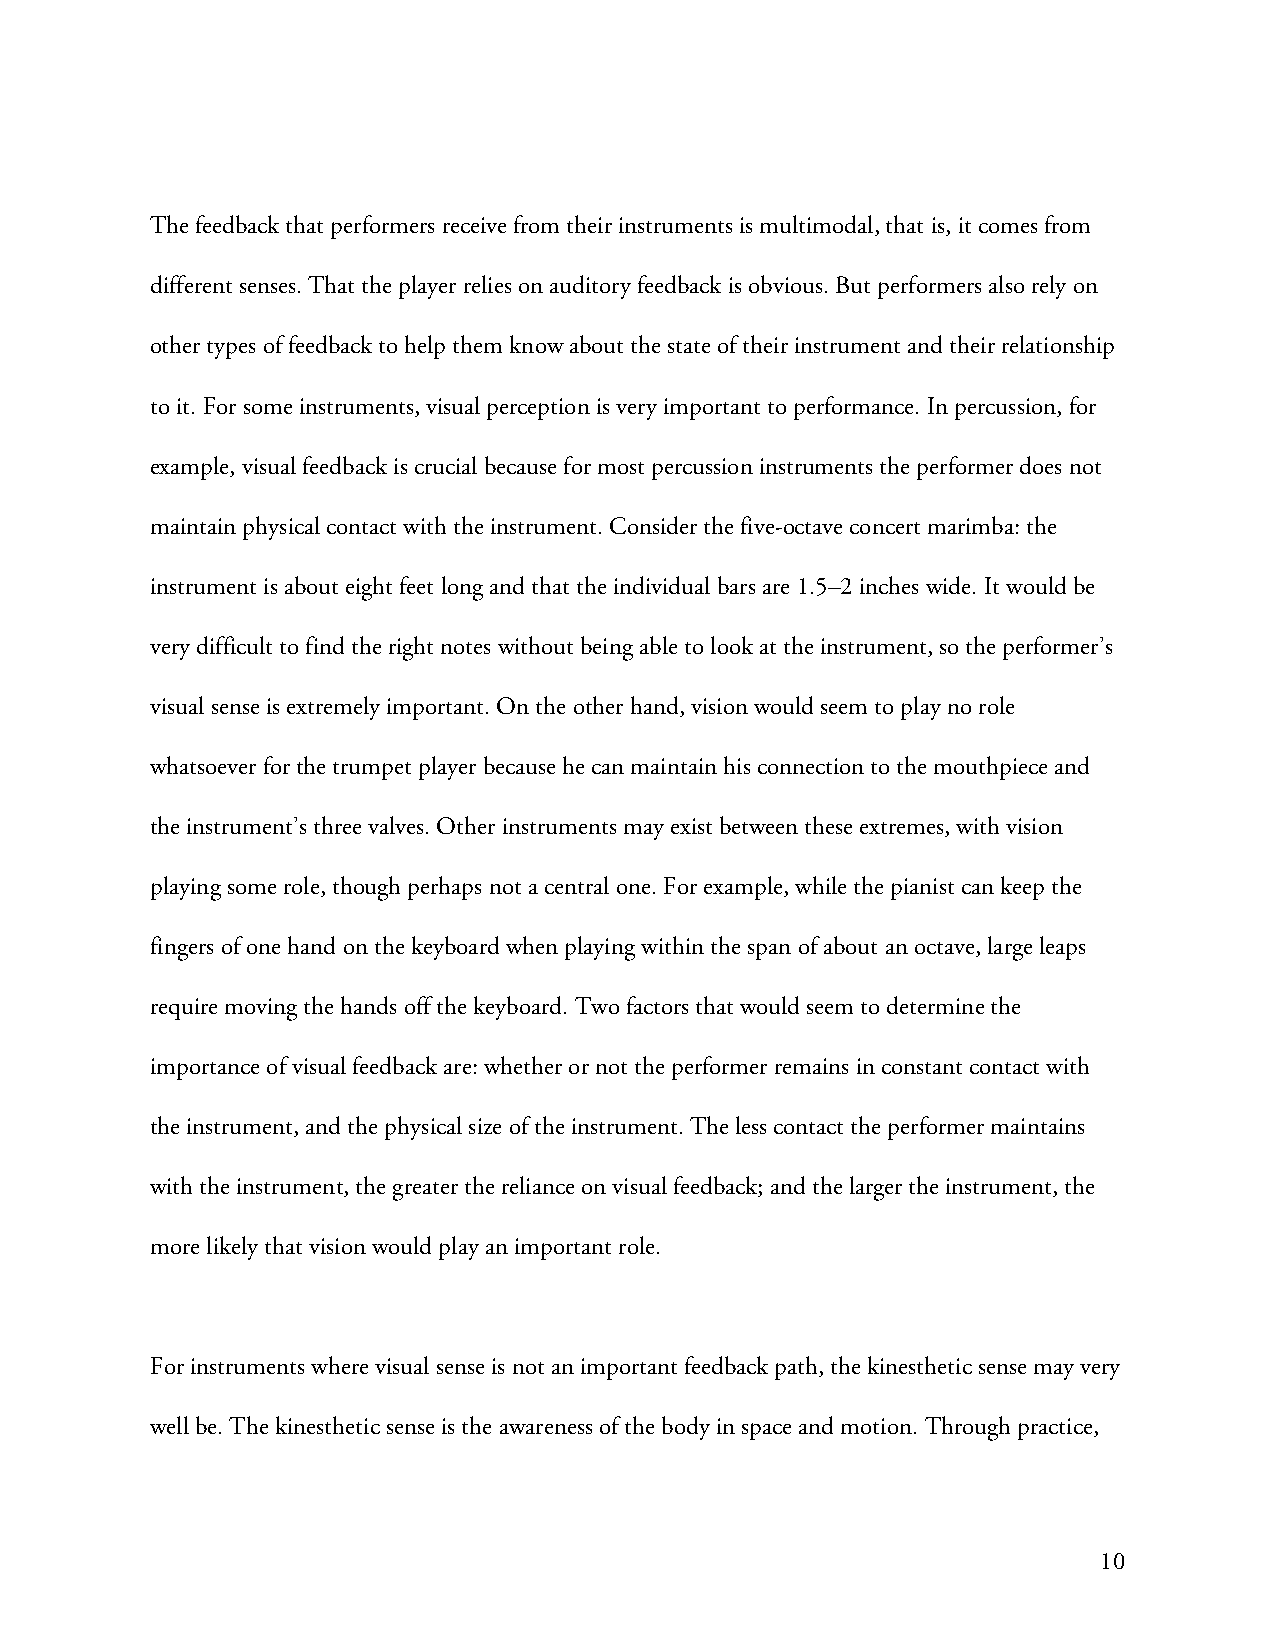
The feedback that performers receive from their instruments is multimodal, that is, it comes from
 different senses. That the player relies on auditory feedback is obvious. But performers also rely on
 other types of feedback to help them know about the state of their instrument and their relationship
 to it. For some instruments, visual perception is very important to performance. In percussion, for
 example, visual feedback is crucial because for most percussion instruments the performer does not
 maintain physical contact with the instrument. Consider the five-octave concert marimba: the
 instrument is about eight feet long and that the individual bars are 1.5–2 inches wide. It would be
 very difficult to find the right notes without being able to look at the instrument, so the performer’s
 visual sense is extremely important. On the other hand, vision would seem to play no role
 whatsoever for the trumpet player because he can maintain his connection to the mouthpiece and
 the instrument’s three valves. Other instruments may exist between these extremes, with vision
 playing some role, though perhaps not a central one. For example, while the pianist can keep the
 fingers of one hand on the keyboard when playing within the span of about an octave, large leaps
 require moving the hands off the keyboard. Two factors that would seem to determine the
 importance of visual feedback are: whether or not the performer remains in constant contact with
 the instrument, and the physical size of the instrument. The less contact the performer maintains
 with the instrument, the greater the reliance on visual feedback; and the larger the instrument, the
 more likely that vision would play an important role.
 For instruments where visual sense is not an important feedback path, the kinesthetic sense may very
 well be. The kinesthetic sense is the awareness of the body in space and motion. Through practice,
 10